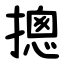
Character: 摠